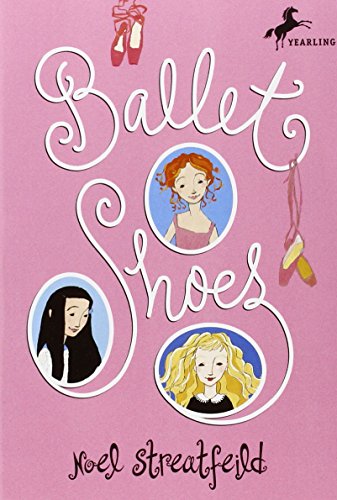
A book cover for Ballet Shoes (The Shoe Books); Noel Streatfeild; Children's Books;